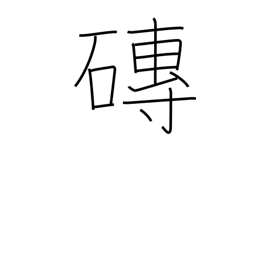
Meaning: tile